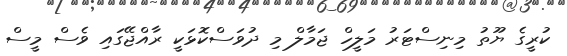
ކުރީގެ ޔޫތު މިނިސްޓަރު މަލީހް ޖަމާލް މި ދުވަސްކޮޅަކީ ރާއްޖޭގައި ވެސް މީސް